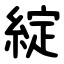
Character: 綻